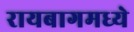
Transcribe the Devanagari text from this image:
रायबागमध्ये